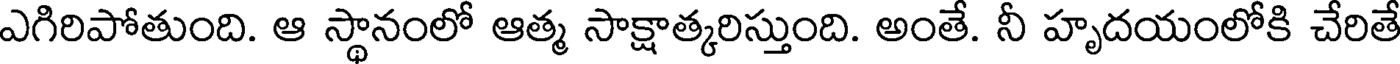
ఎగిరిపోతుంది. ఆ స్థానంలో ఆత్మ సాక్షాత్కరిస్తుంది. అంతే. నీ హృదయంలోకి చేరితే